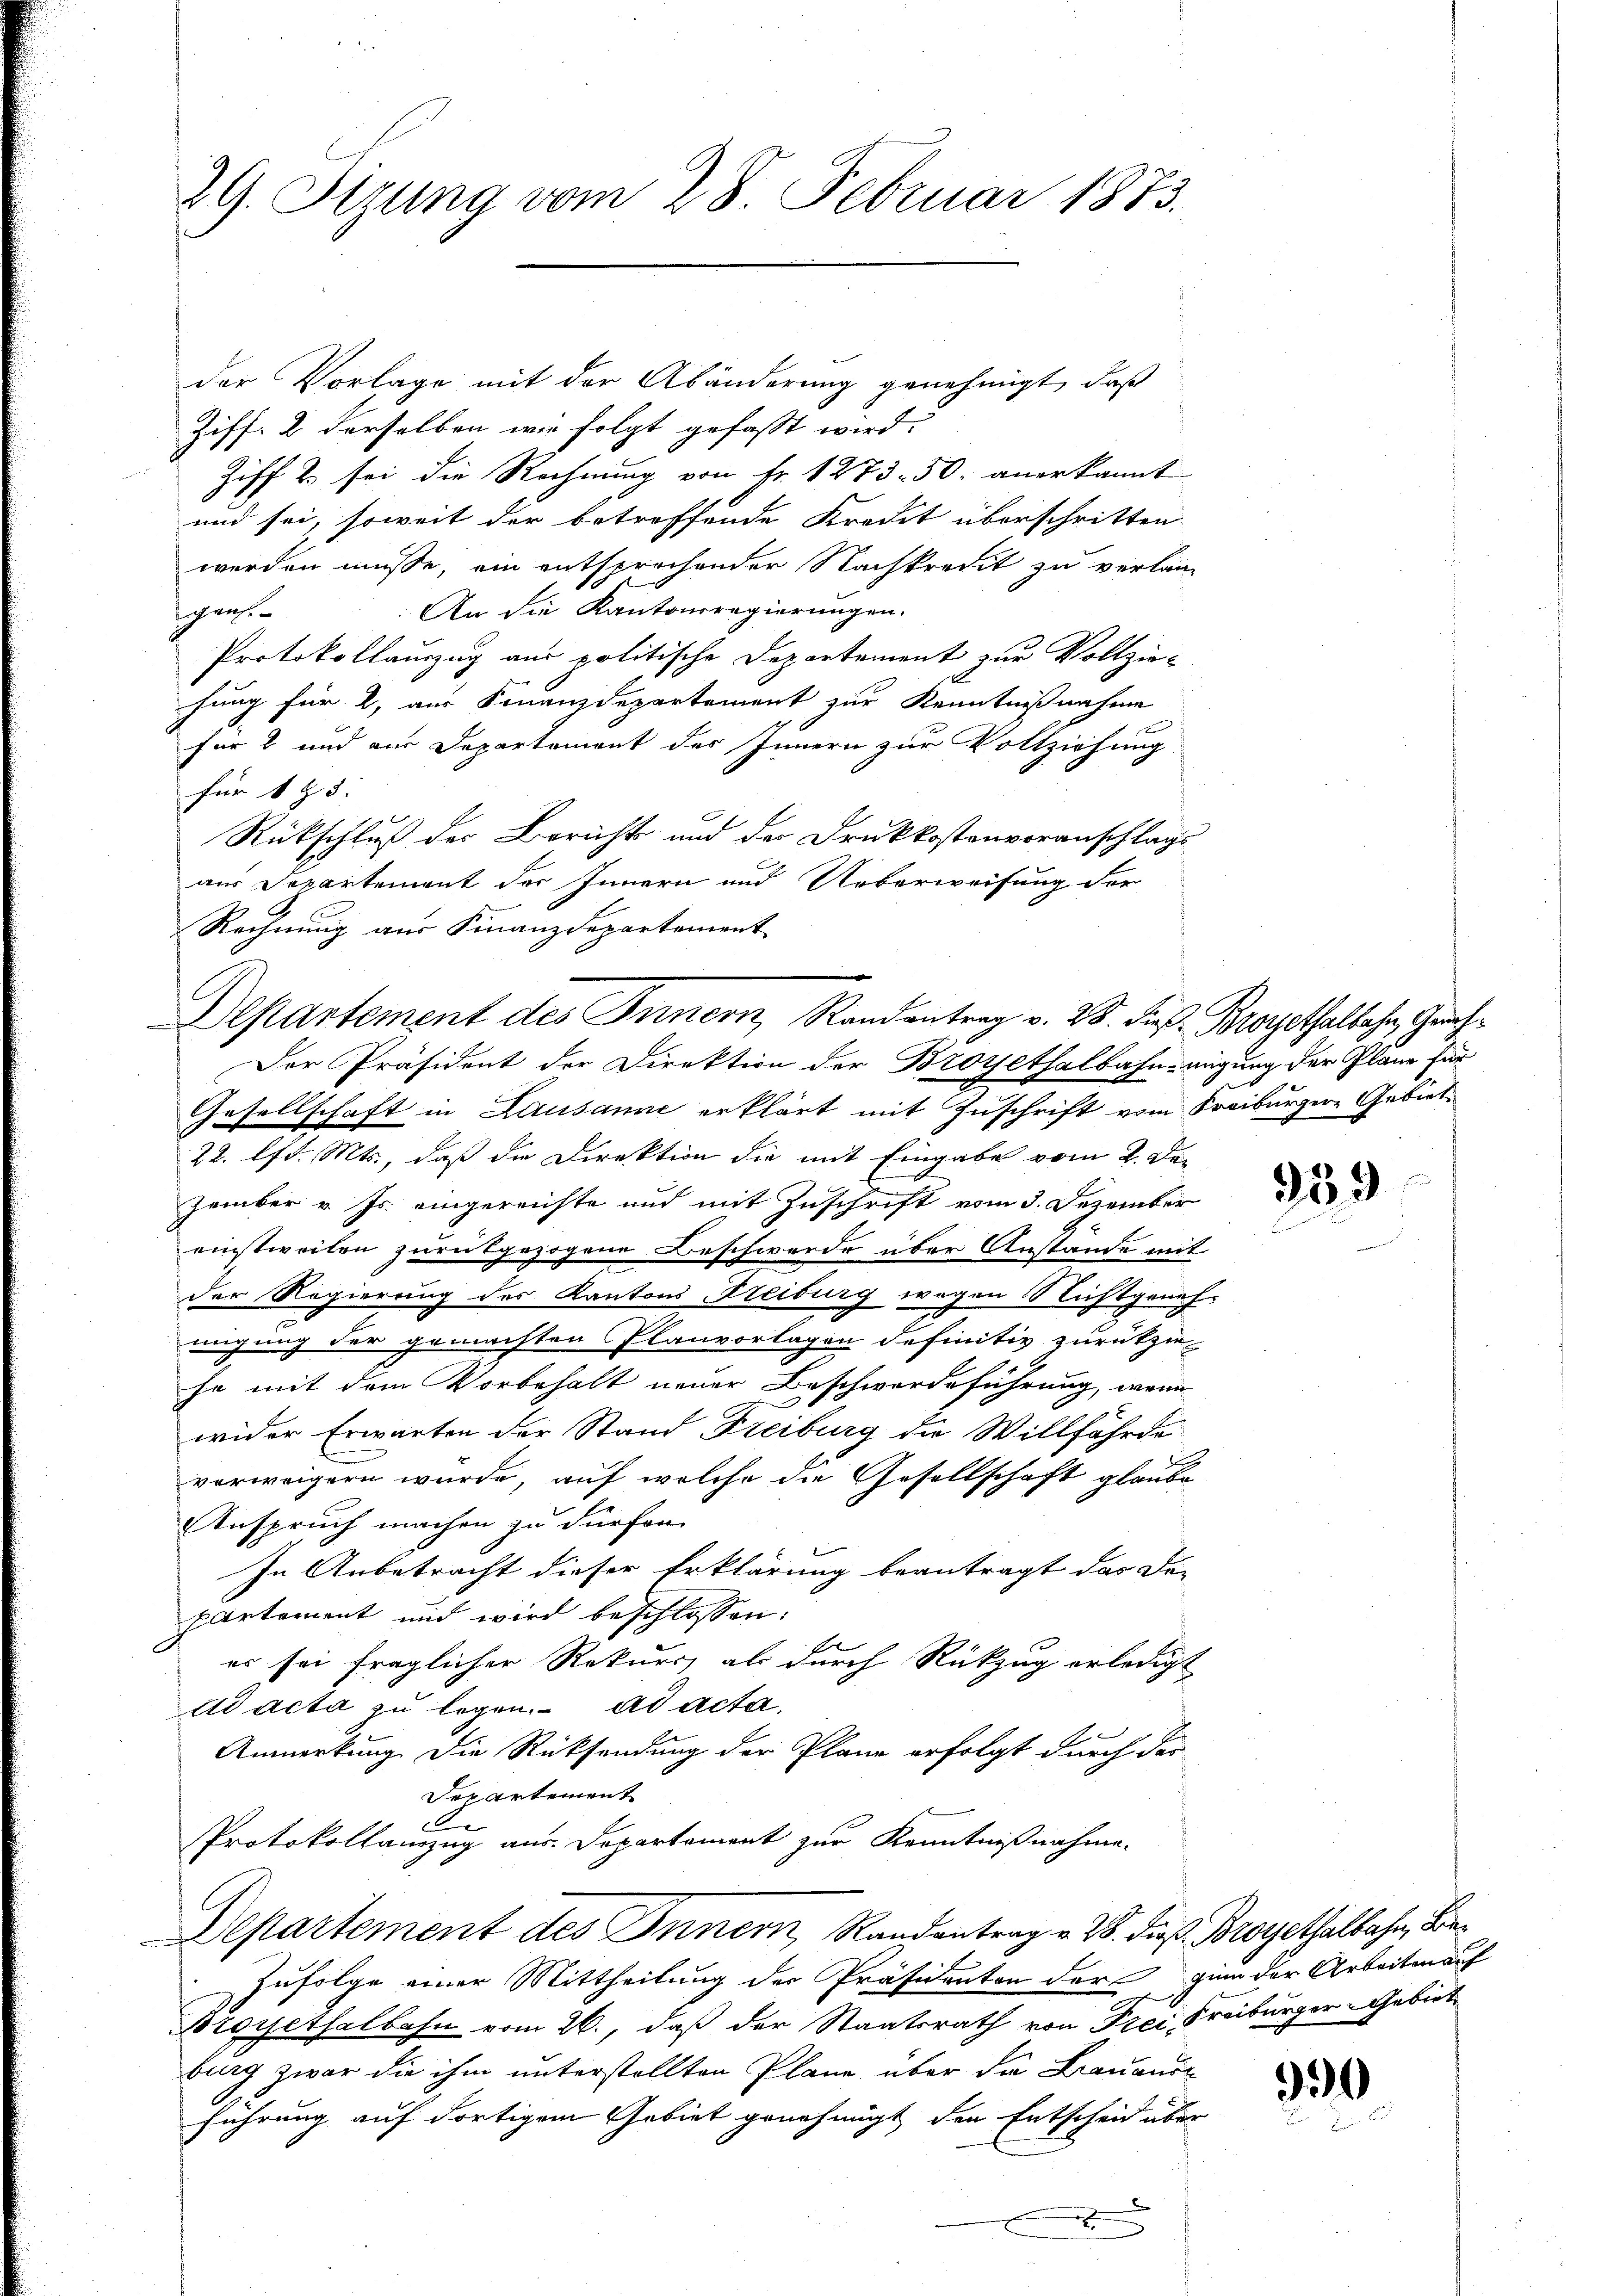
29. Sizung vom 28. Februar 1873.

der Vorlage mit der Abänderung genehmigt, daß
Ziff. 2 derselben wie folgt gefasst wird.
Ziff u. sei die Rechnung von Fr. 1273. 50. anerkannt
und sei, soweit der betreffende Kredit überschritten
werden müsse, ein entsprochender Nachkredit zu verlan-
An die Kantonsregierungen.
Ich ei
Protokollauszug aus politische Departement zur Vollzie-
hung für 2, aus Finanzdepartement zur Kenntnißnahme
für 8 und aus Departement des Innern zur Vollziehung
für 183
Rückschluß der Berichts und der Druckkostenveranschlags
aus Departement der Innern und Ueberweisung der
Rechnung aus Finanzdepartement
Gesellschaft in Lausanne erklärt mit Zuschrift vom Freiburger Gebiet
22. lfd. Mts., daß die Direktion die mit Eingabe vom 2. Der
zember v. Js. eingereichte und mit Zuschrift vom 3. Dezember
einstweilen zurückgezogene Beschwerde über Anstande mit
der Regierung des Kantons Freiburg wegen Nichtgenehmigung der gemachten Planvorlagen definitiv zurückzie
he mit dem Vorbehalt neuer Beschwerdeführung, wenn
wider Erwarten der Stand Freiburg die Willfährde
vorweigern wurde, auf welche die Gesellschaft glaube
Anspruch machen zu dürfen.
In Anbetracht dieser Erklärung beantragt das der
partement und wird beschlossen:
es sei fraglicher Rekurs als durch Rückzug erledigt
ad acta zu legen. ad acta.
Anmerkung. Die Rücksendung der Plane erfolgt durch der
der artement
e
Protokollanzug aus. Departement zur Kenntnißnahme.
Departement des Innern, Randantrag v. 28. dieß Brorjethalbahn, Be¬
Zufolge einer Mittheilung der Präsidenten der in der Arbeiten auf
Broyethalbahn vom 26., daß der Staatsrath von Frei, Freiburger Gebiet
burg zwar die ihm unterstellten Pläne über die Drauaus
führung auf dortigem Gebiet genehmigt den Entscheid über
.
e
x

Departement des Innern, Randantrag v. 28. die Brosethalbahn, Grah¬
Der Präsident der Direktion der Broyethalbahn-migung der Plane für

959

90